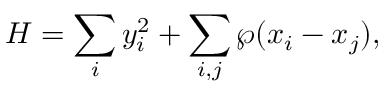
H = \sum _ { i } y _ { i } ^ { 2 } + \sum _ { i , j } \wp ( x _ { i } - x _ { j } ) ,